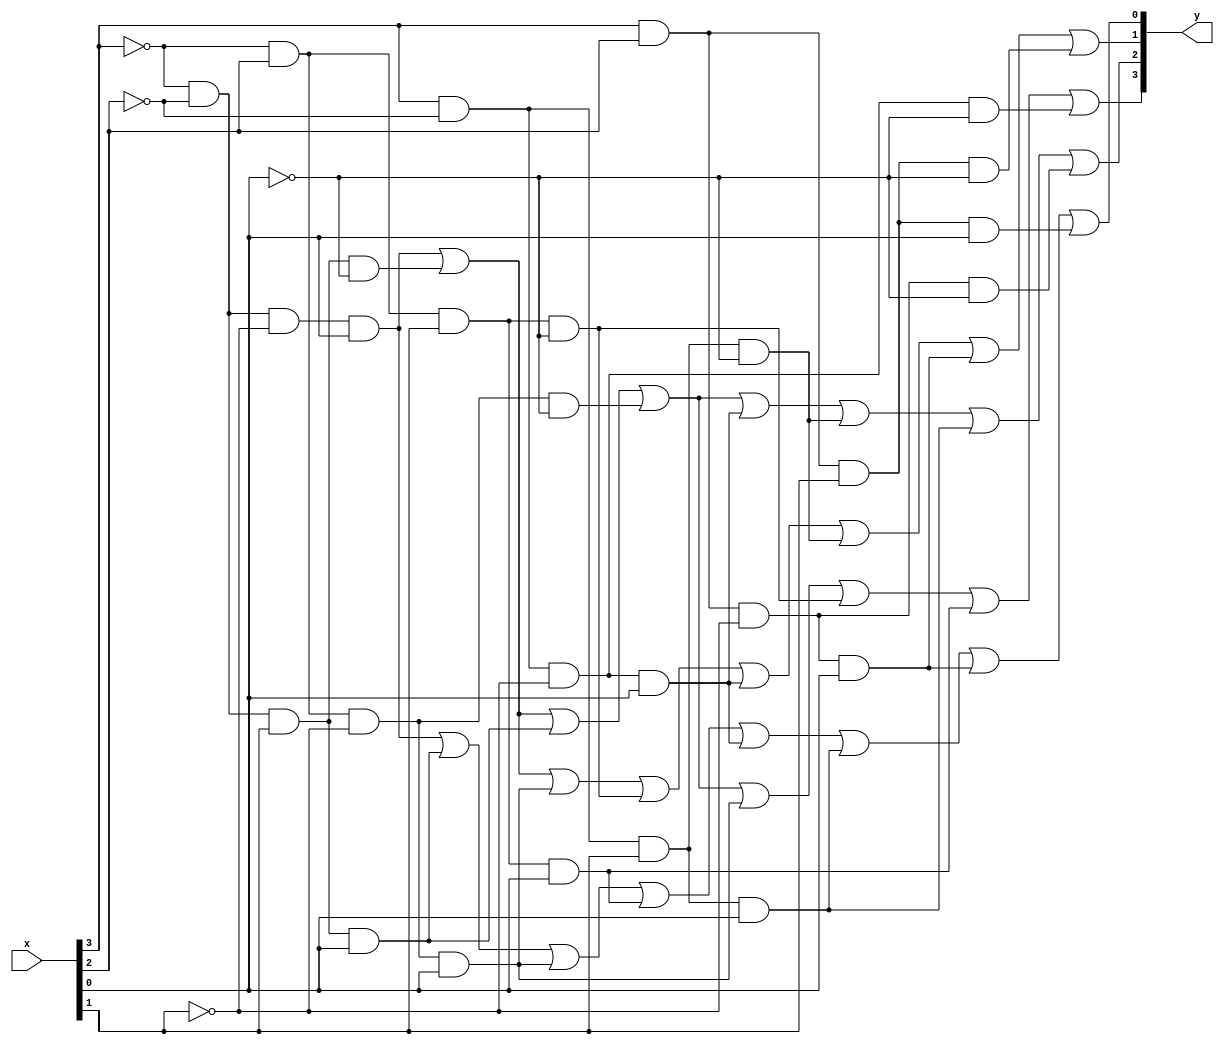
// a2t3_df.v

module a2t3_df(input [3:0] x, output [3:0] y);

assign y[3] = ~x[3]&~x[2]&~x[1]&x[0] | ~x[3]&~x[2]&x[1]&~x[0] | ~x[3]&~x[2]&x[1]&x[0] |
              ~x[3]&x[2]&~x[1]&~x[0] | ~x[3]&x[2]&~x[1]&x[0] | ~x[3]&x[2]&x[1]&~x[0] |
              ~x[3]&x[2]&x[1]&x[0] | x[3]&~x[2]&~x[1]&~x[0];
assign y[2] = ~x[3]&~x[2]&~x[1]&x[0] | ~x[3]&~x[2]&x[1]&~x[0] | ~x[3]&~x[2]&x[1]&x[0] |
              ~x[3]&x[2]&~x[1]&~x[0] | x[3]&~x[2]&~x[1]&x[0] | x[3]&~x[2]&x[1]&~x[0] |
              x[3]&~x[2]&x[1]&x[0] | x[3]&x[2]&~x[1]&~x[0];
assign y[1] = ~x[3]&~x[2]&~x[1]&x[0] | ~x[3]&~x[2]&x[1]&~x[0] | ~x[3]&x[2]&~x[1]&x[0] |
              ~x[3]&x[2]&x[1]&~x[0] | x[3]&~x[2]&~x[1]&x[0] | x[3]&~x[2]&x[1]&~x[0] |
              x[3]&x[2]&~x[1]&x[0] | x[3]&x[2]&x[1]&~x[0];
assign y[0] = ~x[3]&~x[2]&~x[1]&x[0] | ~x[3]&~x[2]&x[1]&x[0] | ~x[3]&x[2]&~x[1]&x[0] |
              ~x[3]&x[2]&x[1]&x[0] | x[3]&~x[2]&~x[1]&x[0] | x[3]&~x[2]&x[1]&x[0] |
              x[3]&x[2]&~x[1]&x[0] | x[3]&x[2]&x[1]&x[0];

endmodule